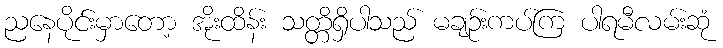
ညနေပိုင်းမှာတော့ အိုးထိန်း သတ္တိရှိပါသည် မချဉ်းကပ်ကြ ပါရမီလမ်းဆုံ